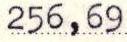
256,69